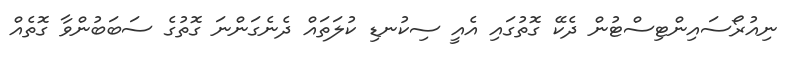
ނިއުރޯސައިންޓިސްޓުން ދެކޭ ގޮތުގައި އެއީ ސިކުނޑި ކުލަތައް ދެނެގަންނަ ގޮތުގެ ސަބަބުންވާ ގޮތެއް